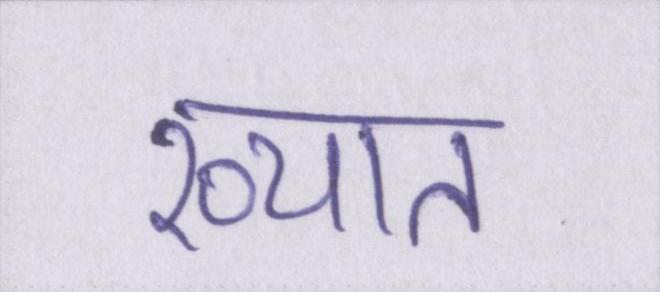
ख्यात